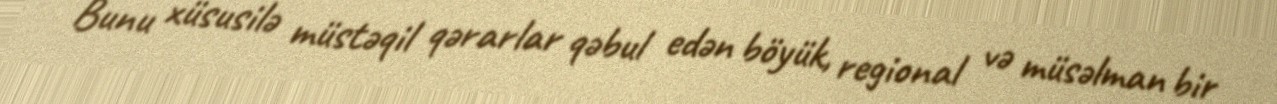
Bunu xüsusilə müstəqil qərarlar qəbul edən böyük, regional və müsəlman bir